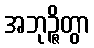
အဘုဉ္ဇိတွာ